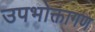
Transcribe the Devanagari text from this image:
उपभोक्तागण